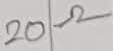
Text: 20Ω